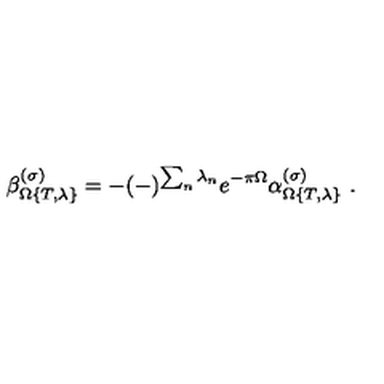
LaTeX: \beta _ { \Omega \{ T , \lambda \} } ^ { ( \sigma ) } = - ( - ) ^ { \sum _ { n } \lambda _ { n } } e ^ { - \pi \Omega } \alpha _ { \Omega \{ T , \lambda \} } ^ { ( \sigma ) } \ .